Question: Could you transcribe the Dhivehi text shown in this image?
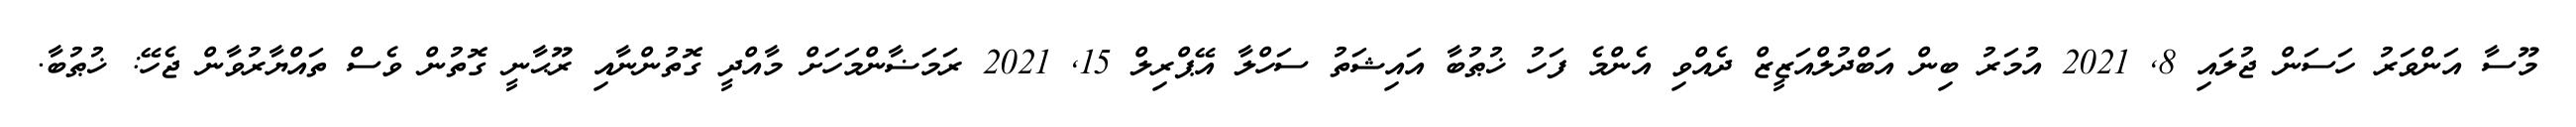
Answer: މޫސާ އަންވަރު ހަސަން ޖުލައި 8, 2021 އުމަރު ބިން އަބްދުލްއަޒީޒް ދެއްވި އެންމެ ފަހު ޚުޠުބާ އައިޝަތު ސަހްލާ އޭޕްރިލް 15, 2021 ރަމަޟާންމަހަށް މާއްދީ ގޮތުންނާއި ރޫޙާނީ ގޮތުން ވެސް ތައްޔާރުވާން ޖެހޭ: ޚުޠުބާ.